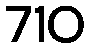
710